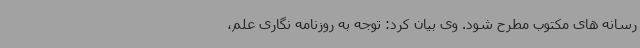
رسانه های مکتوب مطرح شود. وی بیان کرد: توجه به روزنامه نگاری علم،